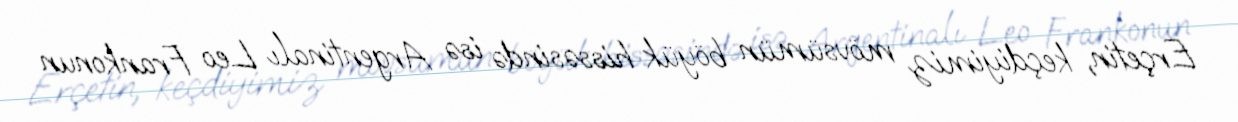
Erçetin, keçdiyimiz mövsümün böyük hissəsində isə Argentinalı Leo Frankonun